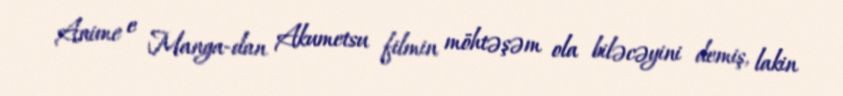
Anime e Manga-dan Akumetsu filmin möhtəşəm ola biləcəyini demiş, lakin